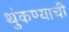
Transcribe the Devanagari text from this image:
थुंकण्याची